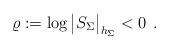
LaTeX: \begin{align*}\varrho:=\log\big|S_\Sigma\big|_{h_\Sigma}<0\:\:.\end{align*}